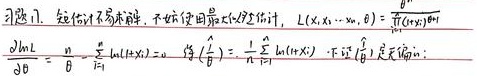
习题7. 矩估计不易求解，不妨使用最大似然估计，
\[
L(x_1,x_2,\cdots,x_n,\theta)=\frac{\theta^n}{\prod_{i = 1}^{n}(x_i+\theta)^{n + 1}}
\]
\[
\frac{\partial\ln L}{\partial\theta}=\frac{n}{\theta}-\sum_{i = 1}^{n}\frac{1}{x_i+\theta}=0
\]
作\(\hat{g}(\theta)=\frac{1}{n}\sum_{i = 1}^{n}\frac{1}{x_i+\theta}\)。下证\(\hat{g}(\theta)\)是无偏的: